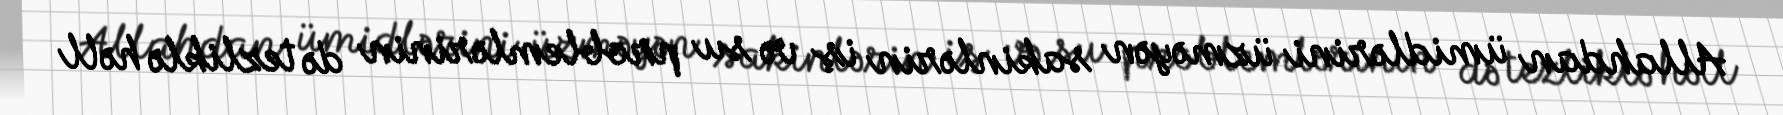
Allahdan ümidlərini üzməyən sakinlərin iş və su problemlərinin də tezliklə həll